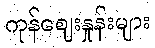
ကုန်ဈေးနှုန်းများ